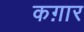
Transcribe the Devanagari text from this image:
कग़ार